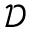
\mathcal { D }